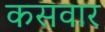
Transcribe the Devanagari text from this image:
कसवार